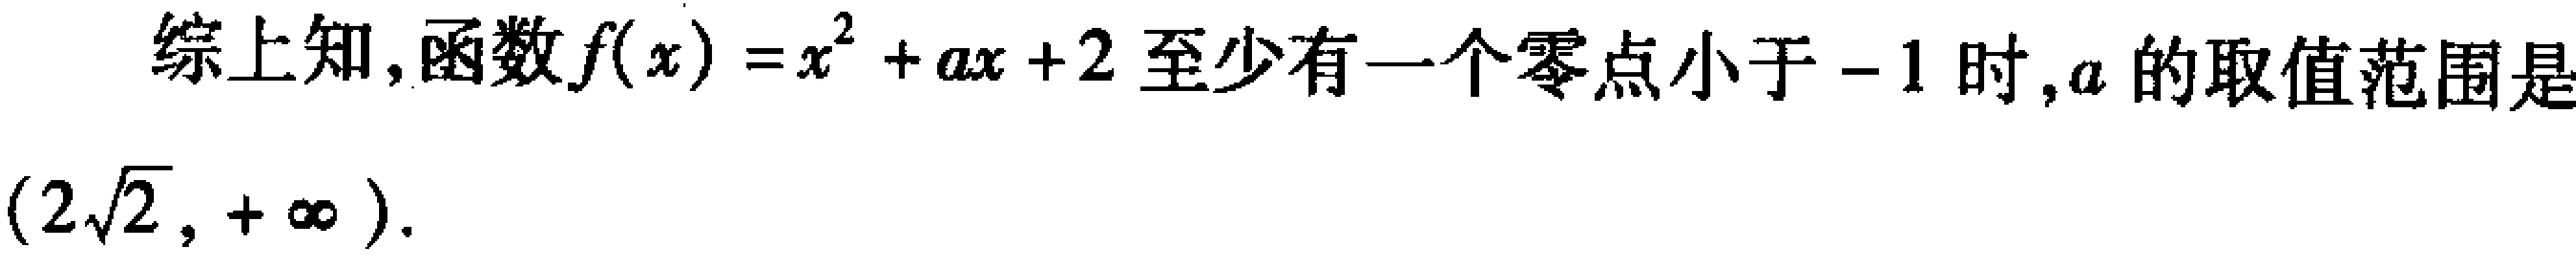
综上知,函数\(f(x)=x^{2}+ax + 2\)至少有一个零点小于\(-1\)时,\(a\)的取值范围是\((2\sqrt{2},+\infty)\).